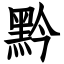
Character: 黔